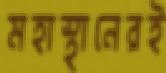
মহাস্থানেরই